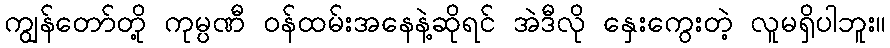
ကျွန်တော်တို့ ကုမ္ပဏီ ဝန်ထမ်းအနေနဲ့ဆိုရင် အဲဒီလို နှေးကွေးတဲ့ လူမရှိပါဘူး။